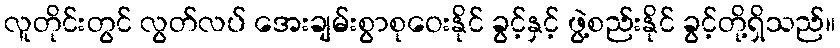
လူတိုင်းတွင် လွတ်လပ် အေးချမ်းစွာစုဝေးနိုင် ခွင့်နှင့် ဖွဲ့စည်းနိုင် ခွင့်တို့ရှိသည်။